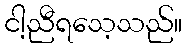
ငါ့ညီရသေ့သည်။